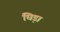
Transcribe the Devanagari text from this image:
घिड़ा